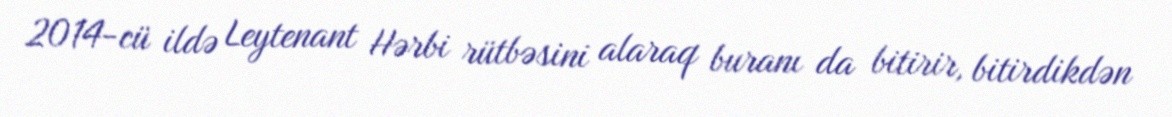
2014-cü ildə Leytenant Hərbi rütbəsini alaraq buranı da bitirir, bitirdikdən